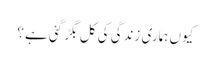
کیوں ہماری زندگی کی کل بگڑ گئی ہے؟